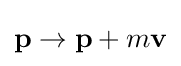
\mathbf {p} \rightarrow \mathbf {p} +m\mathbf {v}